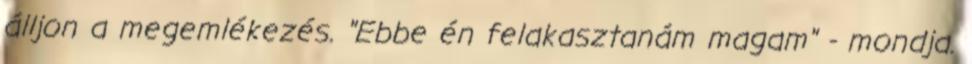
álljon a megemlékezés. "Ebbe én felakasztanám magam" - mondja.